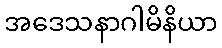
အဒေသနာဂါမိနိယာ